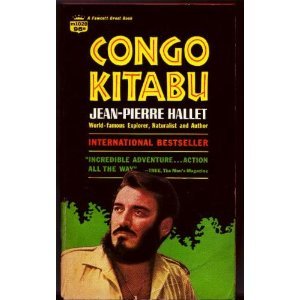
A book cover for Congo Kitabu; Jean Pierre Hallet; Travel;